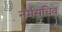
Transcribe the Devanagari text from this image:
नर्मसचिव